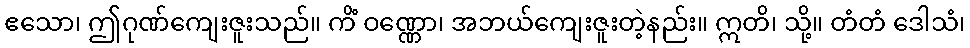
ဧသော၊ ဤဂုဏ်ကျေးဇူးသည်။ ကိံ ဝဏ္ဏော၊ အဘယ်ကျေးဇူးတဲ့နည်း။ ဣတိ၊ သို့။ တံတံ ဒေါသံ၊